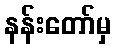
နန်းတော်မှ